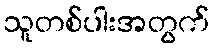
သူတစ်ပါးအတွက်